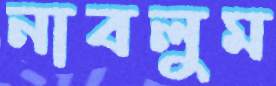
নাবলুম